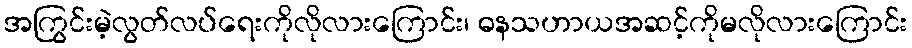
အကြွင်းမဲ့လွတ်လပ်ရေးကိုလိုလားကြောင်း၊ ဓနသဟာယအဆင့်ကိုမလိုလားကြောင်း